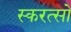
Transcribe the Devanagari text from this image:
स्करत्सो